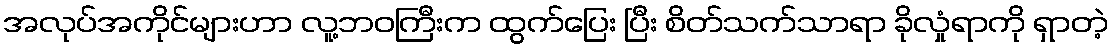
အလုပ်အကိုင်များဟာ လူ့ဘဝကြီးက ထွက်ပြေး ပြီး စိတ်သက်သာရာ ခိုလှုံရာကို ရှာတဲ့